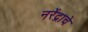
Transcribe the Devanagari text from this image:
नरेंद्राचे